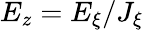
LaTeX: E_{z}=E_{\xi}/J_{\xi}